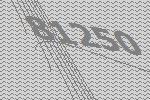
81250